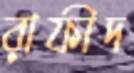
রাফীদ